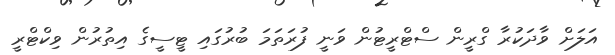
އަލަށް ވާދަކުރާ ގްރީން ސްޓްރީޓުން ވަނީ ފުރަތަމަ ބުރުގައި ޓީސީގެ އިތުރުން ވިކްޓްރީ